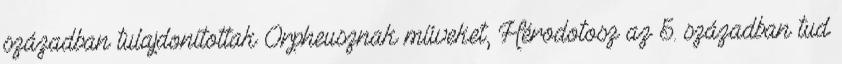
században tulajdonítottak Orpheusznak műveket, Hérodotosz az 5. században tud